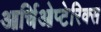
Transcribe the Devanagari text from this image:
आर्चिओप्टेरिक्स